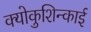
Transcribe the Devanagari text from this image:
क्योकुशिन्काई